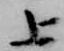
上